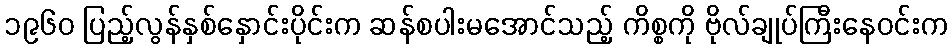
၁၉၆၀ ပြည့်လွန်နှစ်နှောင်းပိုင်းက ဆန်စပါးမအောင်သည့် ကိစ္စကို ဗိုလ်ချုပ်ကြီးနေဝင်းက